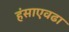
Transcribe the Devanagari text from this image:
हंसाएवढा